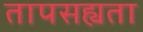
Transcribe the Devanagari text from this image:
तापसह्यता